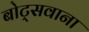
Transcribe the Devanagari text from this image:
बोट्सवाना